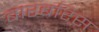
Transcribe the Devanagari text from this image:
बारबरिस